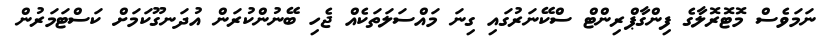
ނަމަވެސް މޮޓޮރޮލާގެ ފިންގާޕްރިންޓް ސްކޭނަރުގައި ގިނަ މައްސަލަތަކެއް ޖެހި ބޭނުންކުރަން އުދަނގޫކަމަށް ކަސްޓަމަރުން